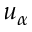
u _ { \alpha }